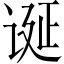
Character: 诞